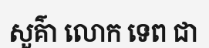
សួគ៌ា លោក ទេព ជា